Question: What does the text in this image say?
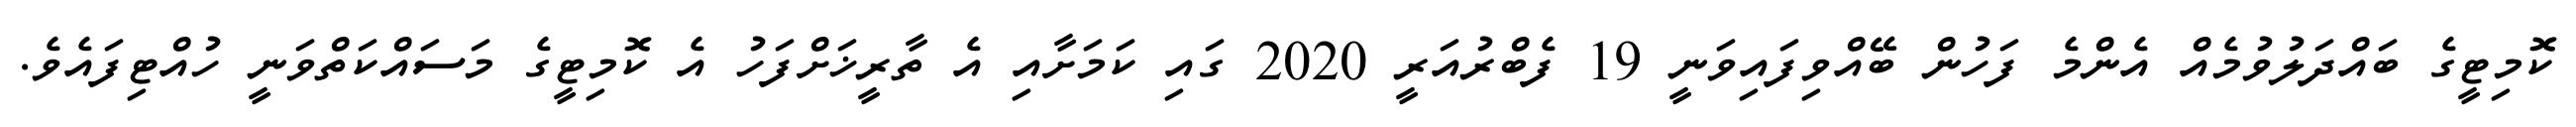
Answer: ކޮމިޓީގެ ބައްދަލުވުމެއް އެންމެ ފަހުން ބޭއްވިފައިވަނީ 19 ފެބްރުއަރީ 2020 ގައި ކަމަށާއި އެ ތާރީޚަށްފަހު އެ ކޮމިޓީގެ މަސައްކަތްވަނީ ހުއްޓިފައެވެ.